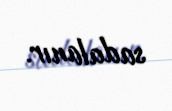
sadalanır.